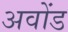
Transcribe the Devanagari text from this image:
अवोंड